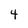
Character: 4